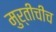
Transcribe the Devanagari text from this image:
मुर्तीचीच